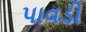
પાવડી